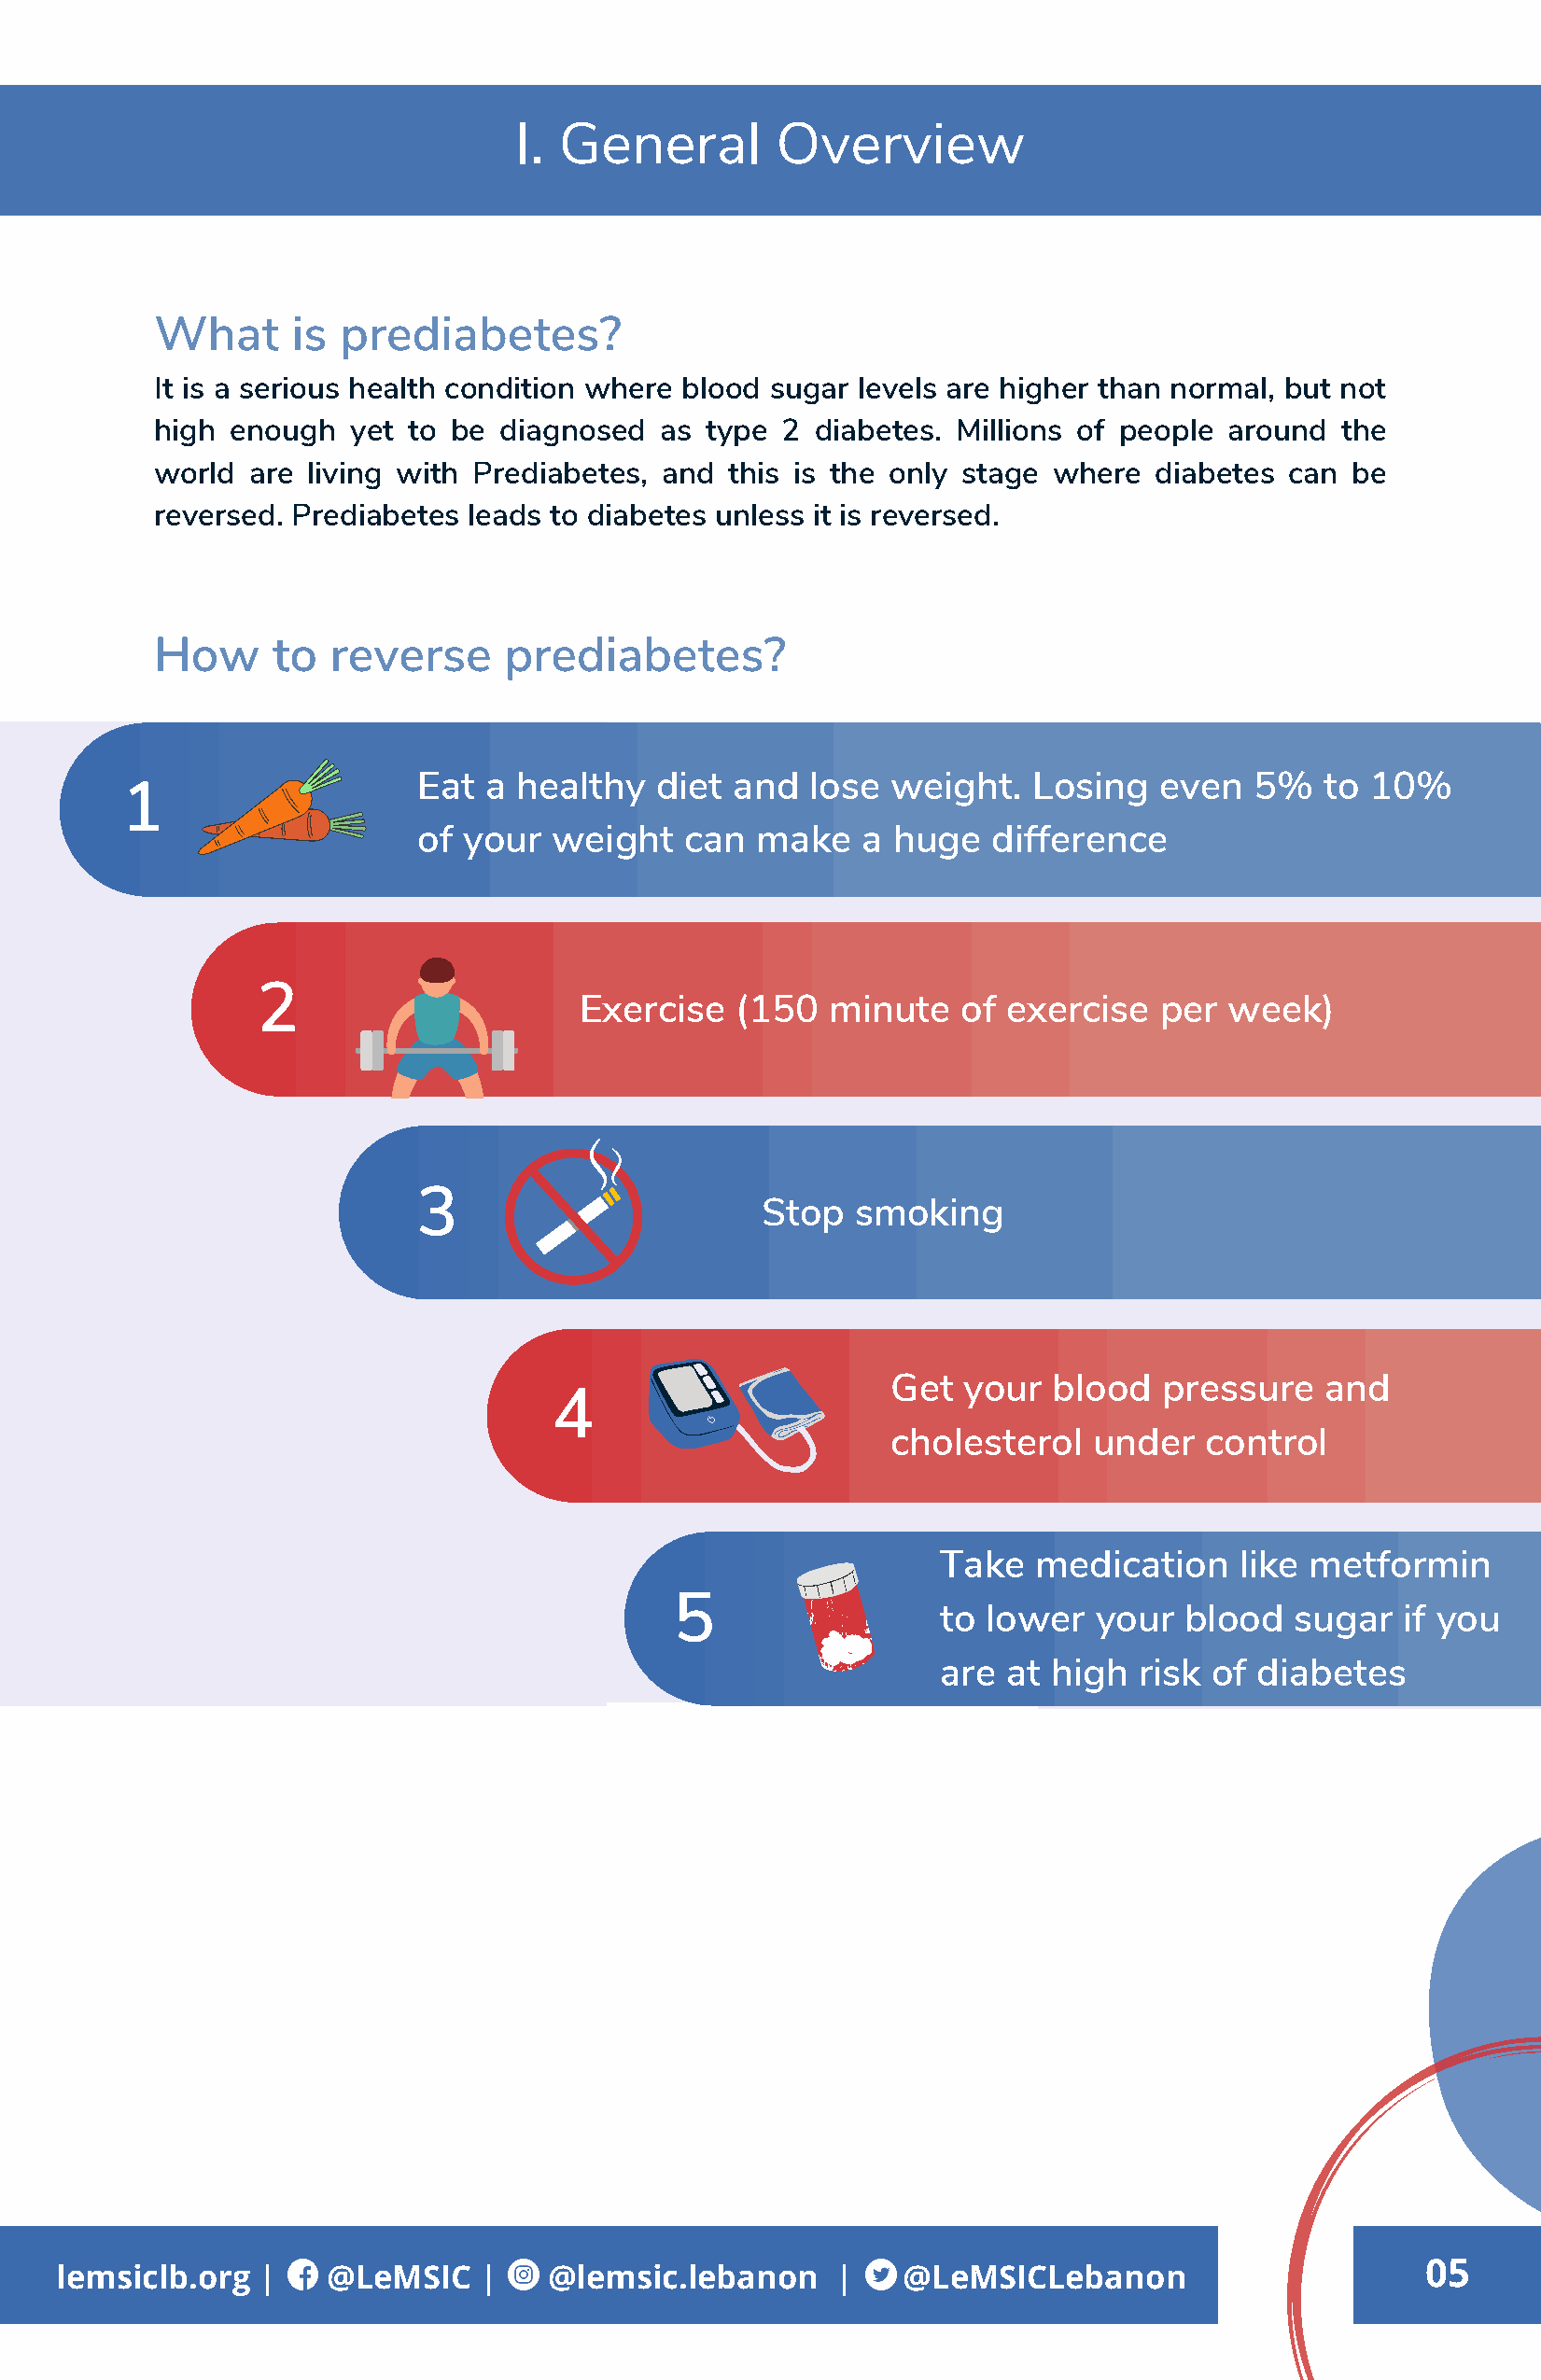
I. General        Overview
 What      is prediabetes?
 It is a serious health condition where blood sugar levels are higher than normal, but not
 high enough   yet to be diagnosed   as type 2  diabetes. Millions of people around  the
 world  are living with Prediabetes, and  this is the only stage where  diabetes can  be
 reversed. Prediabetes leads to diabetes unless it is reversed.
 How     to  reverse      prediabetes?
 Eat a  healthy  diet  and  lose  weight.   Losing   even   5%   to 10%
 1
 of your  weight    can  make   a huge   difference
 2
 Exercise   (150   minute   of exercise   per  week)
 3
 Stop   smoking
 Get  your   blood  pressure    and
 4
 cholesterol   under   control
 Take  medication     like metformin
 5
 to lower   your  blood   sugar  if you
 are at high   risk of diabetes
 05
 lemsiclb.org  |    @LeMSIC    |    @lemsic.lebanon     |    @LeMSICLebanon